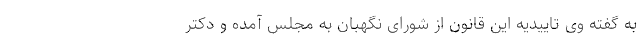
به گفته وی تاییدیه این قانون از شورای نگهبان به مجلس آمده و دکتر